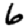
Digit: 6